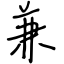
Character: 兼